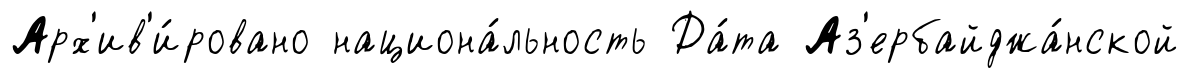
Арх'ив'и́ровано национа́льность Да́та Аз'ербайджа́нской